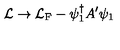
{ \cal L } \rightarrow { \cal L } _ { \mathrm { F } } - \psi _ { 1 } ^ { \dagger } A ^ { \prime } \psi _ { 1 }